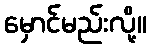
မှောင်မည်းလို့။